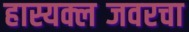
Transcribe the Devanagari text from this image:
हास्यक्लब्जवरचा